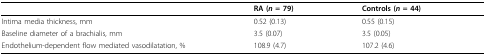
|  | RA (n = 79) | Controls (n = 44) |
 | --- | --- | --- |
 | Intima media thickness, mm | 0.52 (0.13) | 0.55 (0.15) |
 | Baseline diameter of a brachialis, mm | 3.5 (0.07) | 3.5 (0.05) |
 | Endothelium-dependent flow mediated vasodilatation, % | 108.9 (4.7) | 107.2 (4.6) |